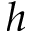
h